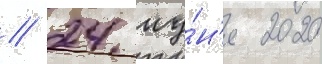
// 24 иу́н'я 2020